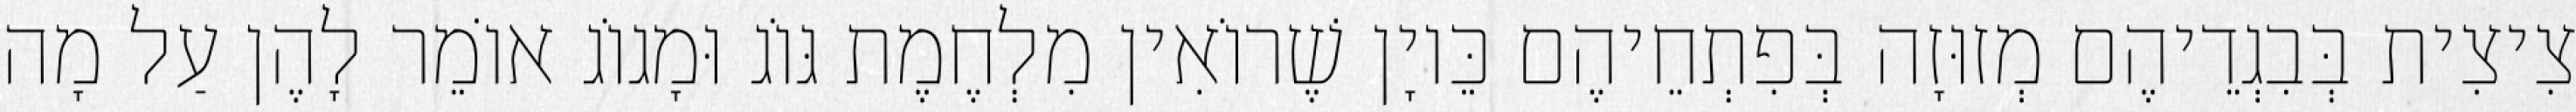
צִיצִית בְּבִגְדֵיהֶם מְזוּזָה בְּפִתְחֵיהֶם כֵּיוָן שֶׁרוֹאִין מִלְחֶמֶת גּוֹג וּמָגוֹג אוֹמֵר לָהֶן עַל מָה